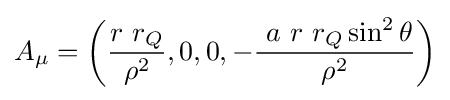
A_{\mu }=\left({\frac {r\ r_{Q}}{\rho ^{2}}},0,0,-{\frac {\ a\ r\ r_{Q}\sin ^{2}\theta }{\rho ^{2}}}\right)